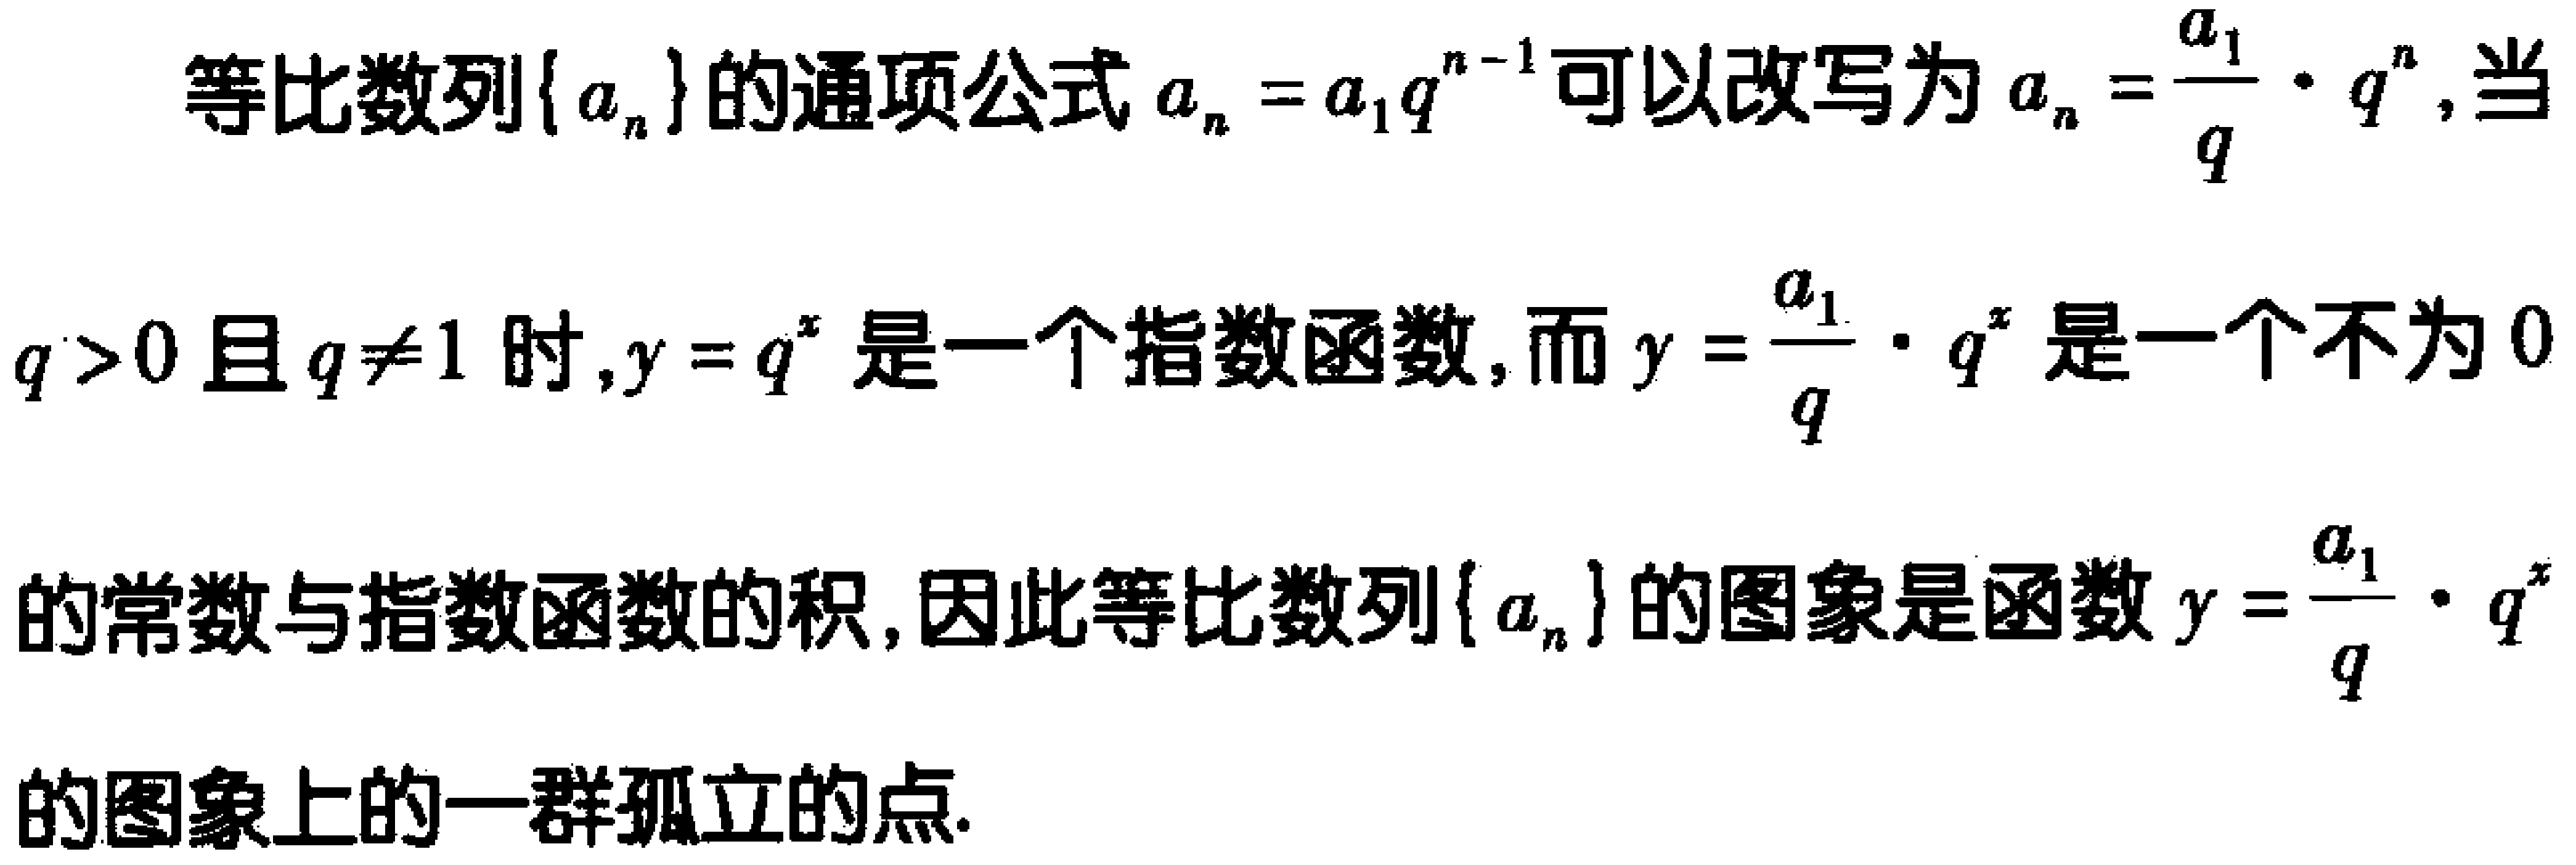
等比数列\(\{ a_{n}\}\)的通项公式\(a_{n}=a_{1}q^{n - 1}\)可以改写为\(a_{n}=\frac{a_{1}}{q}\cdot q^{n}\)，当\(q > 0\)且\(q\neq1\)时，\(y = q^{x}\)是一个指数函数，而\(y=\frac{a_{1}}{q}\cdot q^{x}\)是一个不为\(0\)的常数与指数函数的积，因此等比数列\(\{ a_{n}\}\)的图象是函数\(y=\frac{a_{1}}{q}\cdot q^{x}\)的图象上的一群孤立的点.